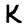
Character: K